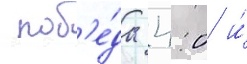
 поб'е́да 4:0 и́